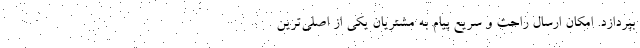
بپردازد. امکان ارسال راحت و سریع پیام به مشتریان یکی از اصلی‌ترین